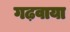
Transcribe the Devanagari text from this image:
गढ़वाया